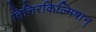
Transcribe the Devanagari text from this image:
तित्तिरकिल्मिषान्